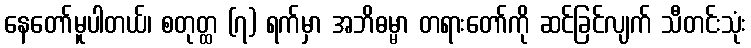
နေတော်မူပါတယ်၊ စတုတ္ထ (၇) ရက်မှာ အဘိဓမ္မာ တရားတော်ကို ဆင်ခြင်လျက် သီတင်းသုံး